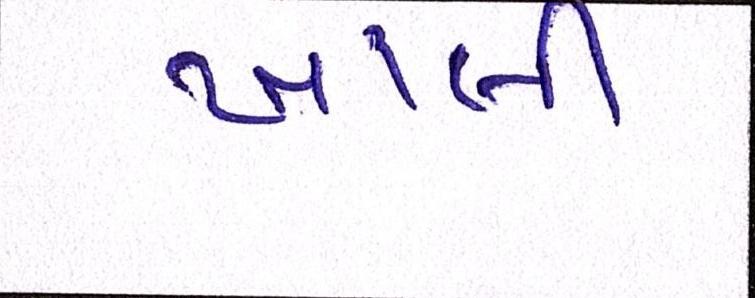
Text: ખાલી